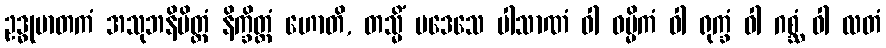
ဥဒ္ဓုမာတကံ အသုဘနိမိတ္တံ နိက္ခိတ္တံ ဟောတိ, တသ္မိံ ပဒေသေ ပါသာဏံ ဝါ ဝမ္မိကံ ဝါ ရုက္ခံ ဝါ ဂစ္ဆံ ဝါ လတံ